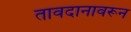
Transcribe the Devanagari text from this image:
तावदानावरून